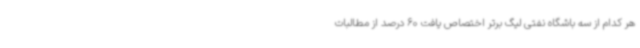
هر کدام از سه باشگاه نفتی لیگ برتر اختصاص یافت 60 درصد از مطالبات